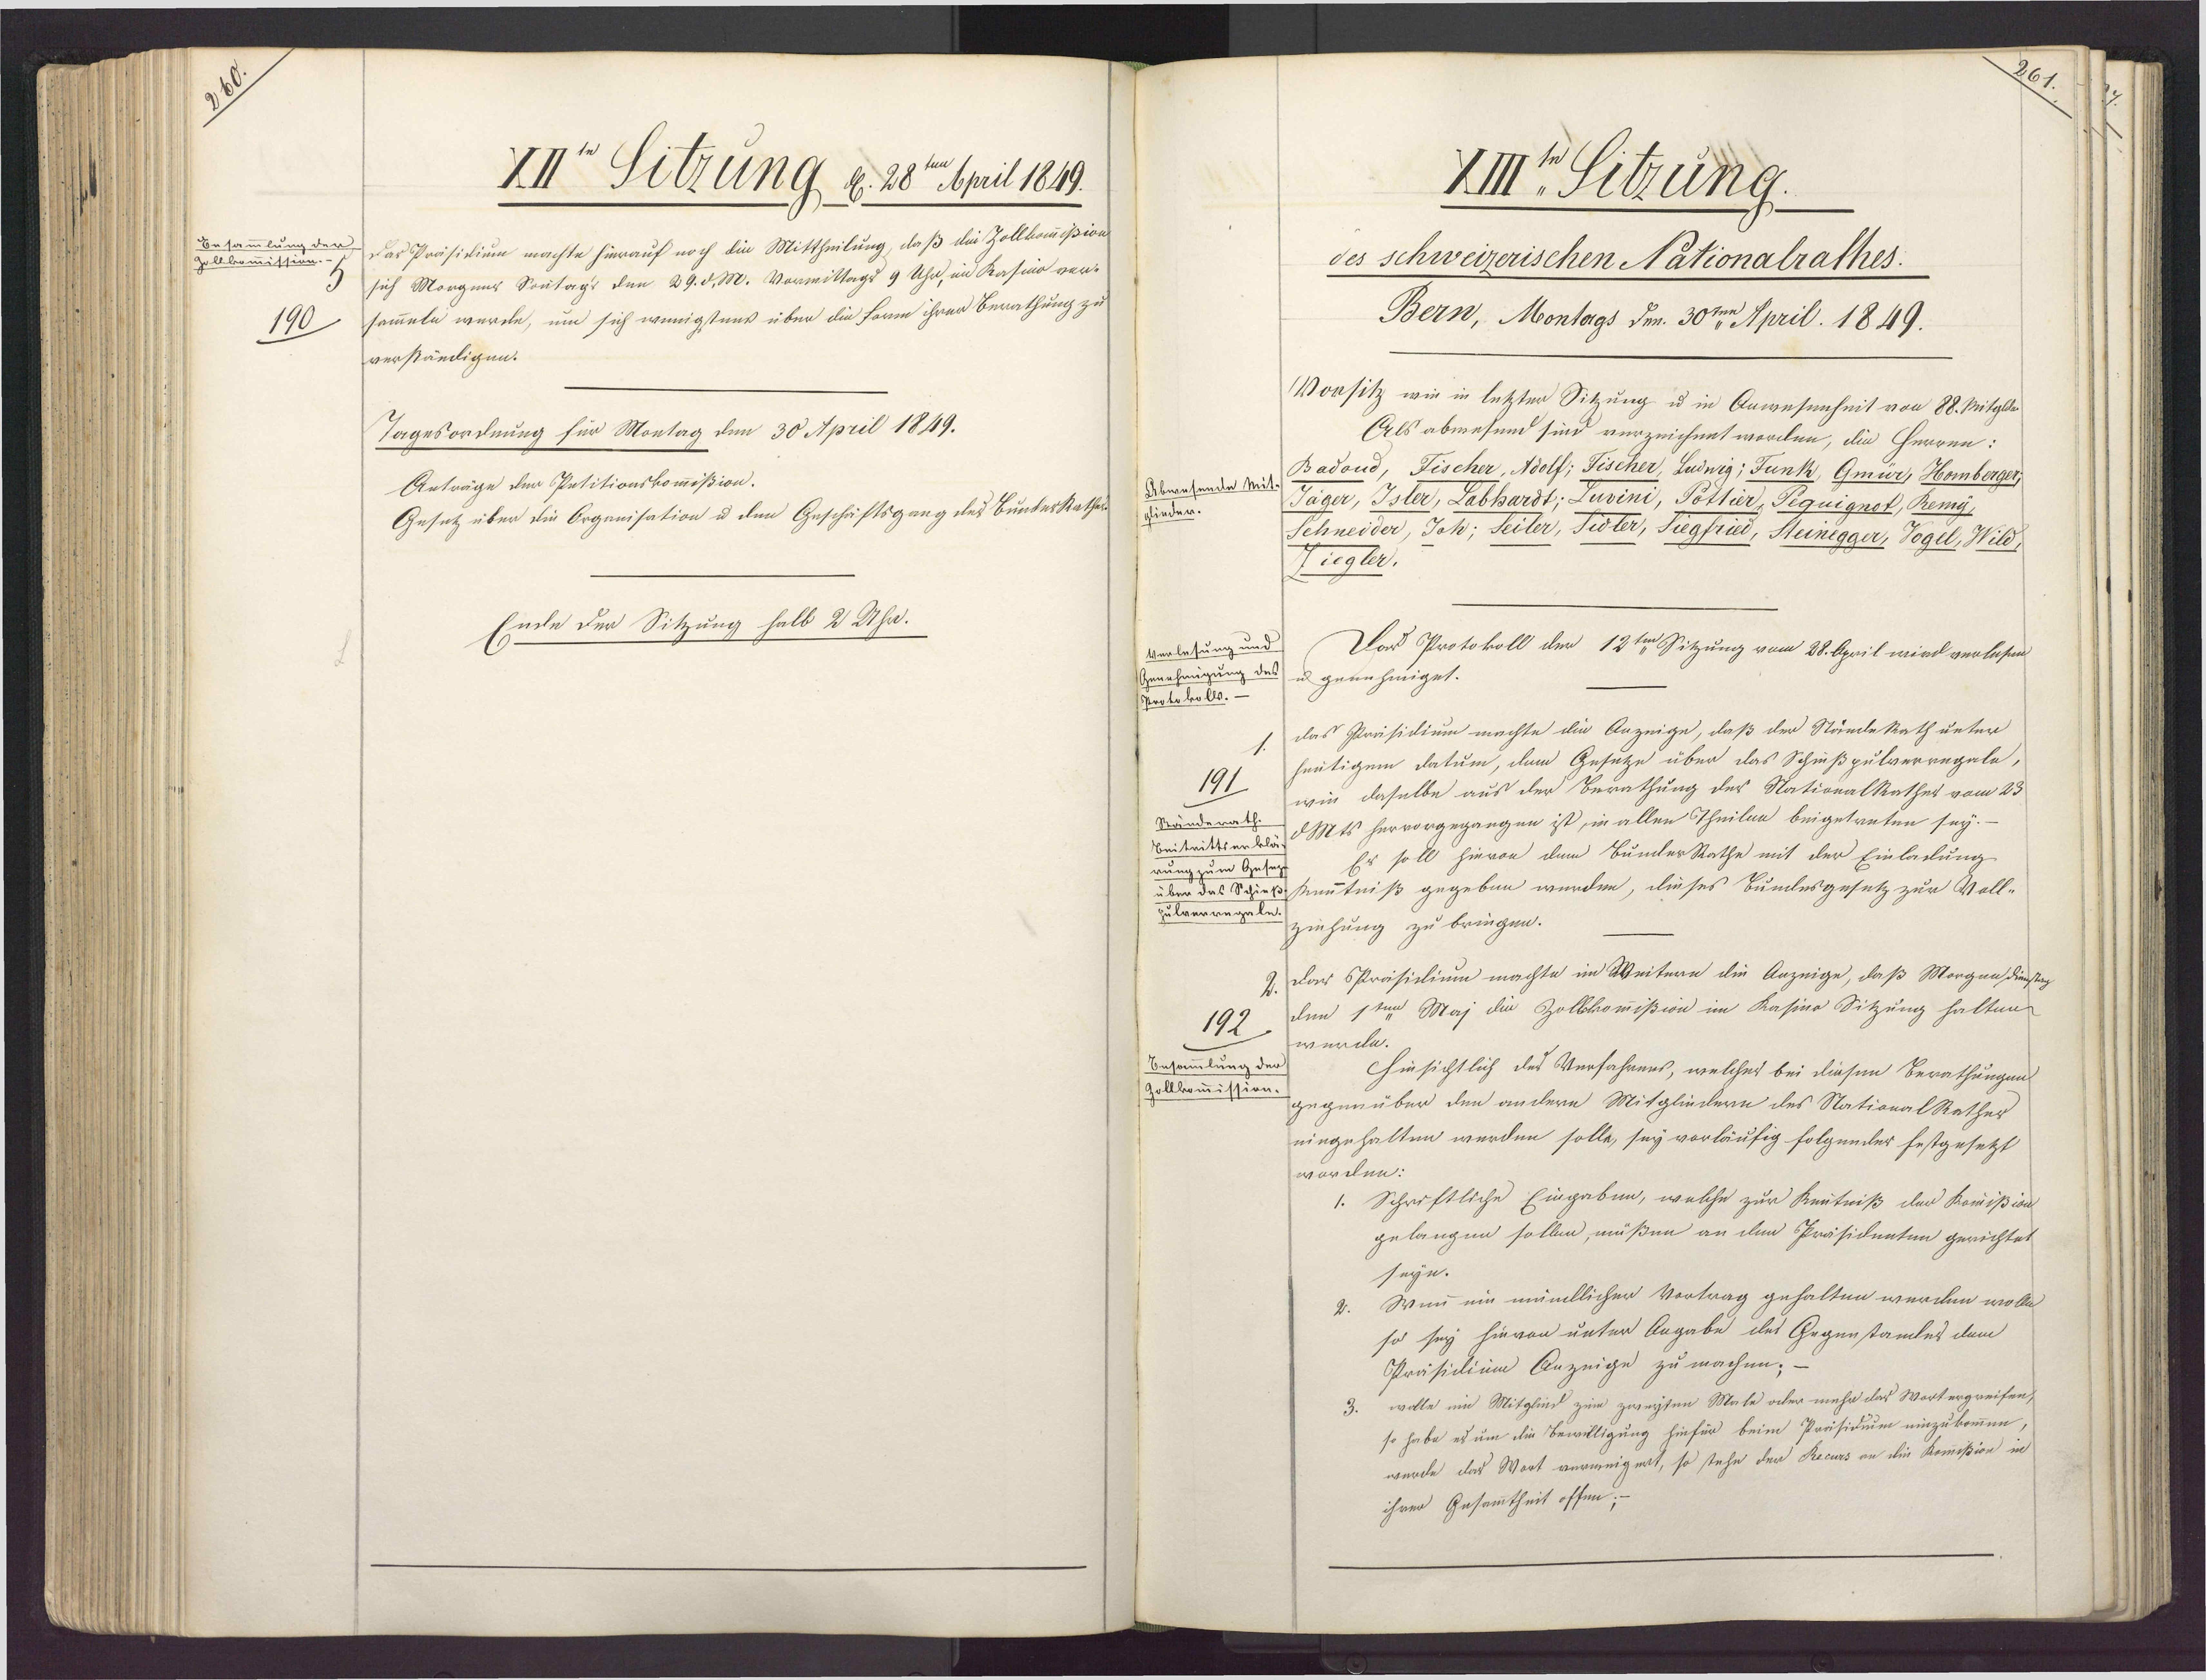
Besammlung der
zollkommission.-
190

XIIten Sitzung, den 28ten April 1849.
Das Präsidium machte hierauf noch die Mittheilung, daß die Zollkommißion
sich Morgens Sontags den 29.d. M. Vormittags 9 Uhr, im Kasino ver-
sammeln werde, um sich wenigstens über die Form ihrer Berathung zu
verständigen.
Tagesordnung für Montag den 30 April 1849.
Anträge der Petitionskommißion.
Gesetz über die Organisation u den Geschäftsgang des BundesRathes
Ende der Sitzung halb 2 Uhr.

261

XIIten Sitzung.
des schweizerischen Nationalrathes.
Bern, Montags den 30ten April. 1849.
Vorsitz wie in letzter Sitzung u in Anwesenheit von 88. Mitglden
Als abwesend sind verzeichnet worden, die Herren:
Badoud, Fischer, Adolf: Fischer, Ludnig: Funk, Gmür, Homberger
Jäger, Isler, Labhardt: Luvini, Pottier, Pequignot, Remy
finder.
Schneider, Joh; Seiler, Sidler, Siegfried, Steinegger, Vogel, Wild
Ziegler.
Verlesung und
Das Protokoll der 12ten Sitzung vom 28. April wird verlesen
Genehmigung des u genehmiget.
Protokolls.
das Präsidium machte die Anzeige, daß der Stände Rath unter
heutigem datum, dem Gesetze über das Schießpulverregale,
191
wie daselbe aus der Berathung des NationalRathes vom 23
Ständerath.
Beitrittserklä- d Mts hervorgegangen ist, in allen Theilen beigetreten sey.-
Es soll hievon dem BundesRathe mit der Einladung
rung zum Gesetz
über das Schieß- kenntniß gegeben werden, dieses Bundesgesetz zur Voll-
pulverregale.
ziehung zu bringen.
2. Das Präsidium machte im Weitern die Anzeige, daß Morgen dienstag
den 1ten Maj die Zollkommißion im Kasino Sitzung halten
192
wurde.
Besammlung der
Hinsichtlich des Verfahrens, welches bei diesen Berathungen
Zollkommission gegenüber den andern Mitgliedern des NationalRathes
eingehalten werden solle, sey vorläufig folgender festgesetzt
worden:
Schriftliche Eingaben, welche zur Kentniß der Kommißion
gelangen sollen, müßen an den Präsidenten gerichtet
seyn.
Wann ein mündlicher Vortrag gehalten werden wolle
so sey hievon unter Angabe des Gegenstandes dem
Präsidium Anzeige zu machen; -
3. wolle ein Mitglied zum zweyten Male oder mehr das Wort ergreifen,
so habe es um die Bewilligung hinfür beim Präsidium einzukommen,
werde das Wort verweigert, so stehe der Recurs an die Kommißion in
ihrer Gesammtheit offen;